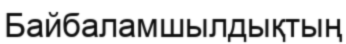
Байбаламшылдықтың